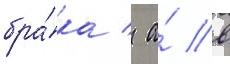
бра́ка / а́ в